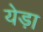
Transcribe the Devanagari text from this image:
येड़ा